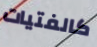
كالفتيات